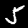
Label: 5